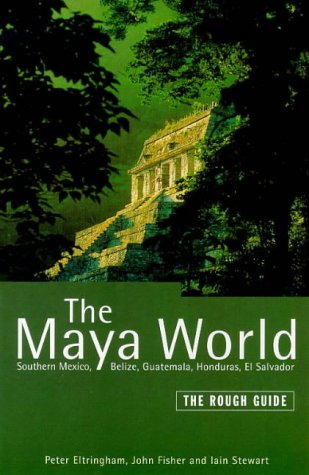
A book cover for The Rough Guide to the Maya World; Peter Eltringham; Travel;